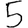
Digit: 5